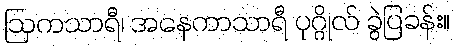
ဩကသာရီ၊ အနေကာသာရီ ပုဂ္ဂိုလ် ခွဲပြခန်း။